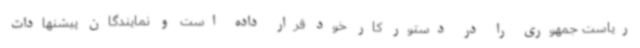
ریاست جمهوری را در دستور کار خود قرار داده است و نمایندگان پیشنهادات